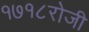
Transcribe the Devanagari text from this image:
१७१८रोजी